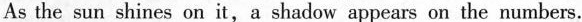
As the sun shines on it,a shadow appears on the numbers.